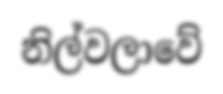
නිල්වලාවේ